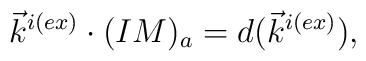
\vec{k}^{i(ex)} \cdot (IM)_a=d(\vec{k}^{i(ex)}).